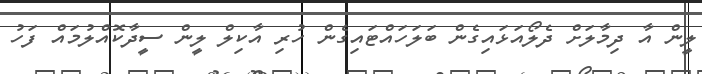
ލީން އާ ދިމާލަށް ދެލޯއަޅައިގެން ބަލަހައްޓައިގެން ހުރި އާކިލް ލީން ސީދާކޮއްލުމައް ފަހު